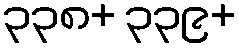
၃၃၈+ ၃၃၉+